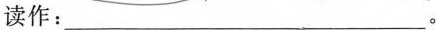
读作：___。